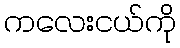
ကလေးငယ်ကို